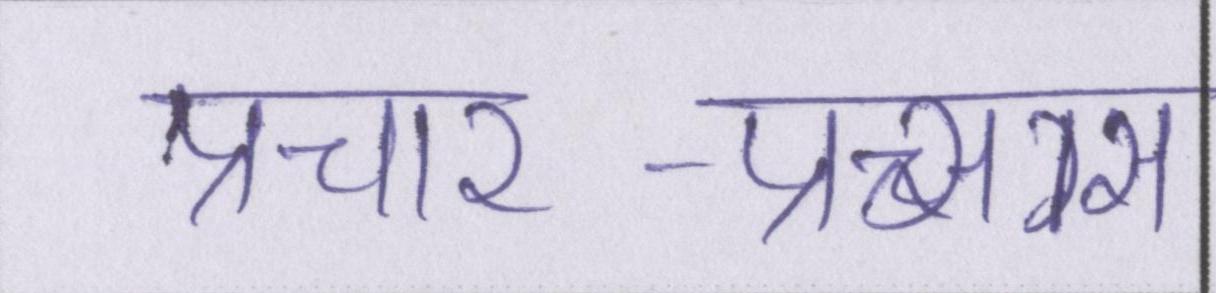
प्रचार-प्रसार